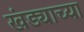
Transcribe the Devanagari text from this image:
खंड्याच्या